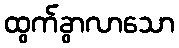
ထွက်ခွာလာသော